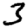
Digit: 3